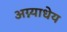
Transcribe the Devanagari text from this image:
अग्न्याधेय